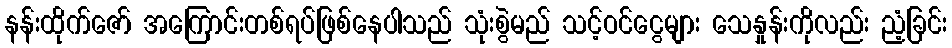
နန်းထိုက်ဇော် အကြောင်းတစ်ရပ်ဖြစ်နေပါသည် သုံးစွဲမည် သင့်ဝင်ငွေများ သေနှုန်းကိုလည်း ညံ့ခြင်း